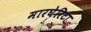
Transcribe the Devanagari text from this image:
मारघेरिटा